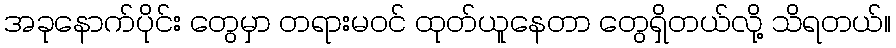
အခုနောက်ပိုင်း တွေမှာ တရားမဝင် ထုတ်ယူနေတာ တွေရှိတယ်လို့ သိရတယ်။